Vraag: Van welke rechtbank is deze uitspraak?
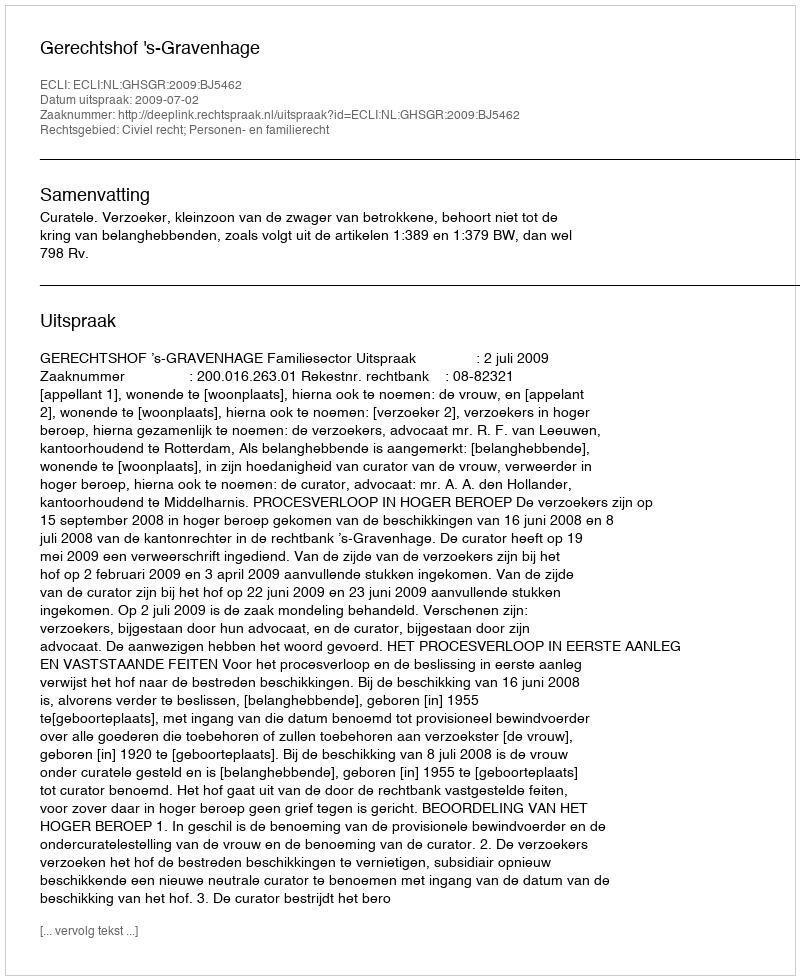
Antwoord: Gerechtshof 's-Gravenhage